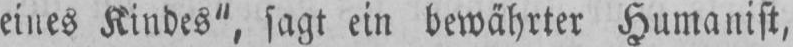
eines Kindes“, sagt ein bewährter Humanist,